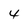
Character: 4